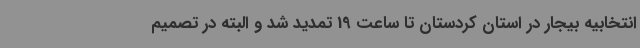
انتخابیه بیجار در استان کردستان تا ساعت 19 تمدید شد و البته در تصمیم